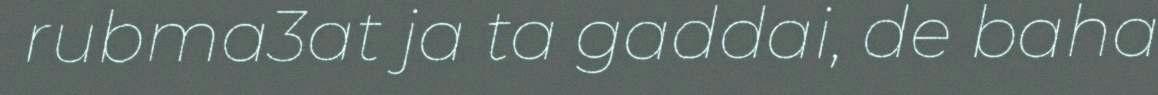
rubma3at ja ta gaddai, de baha